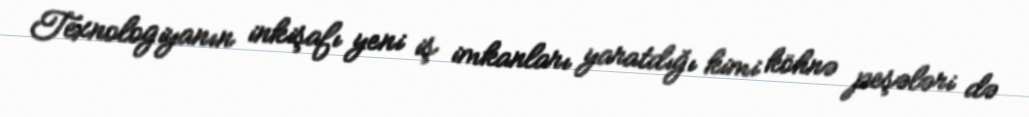
Texnologiyanın inkişafı yeni iş imkanları yaratdığı kimi köhnə peşələri də